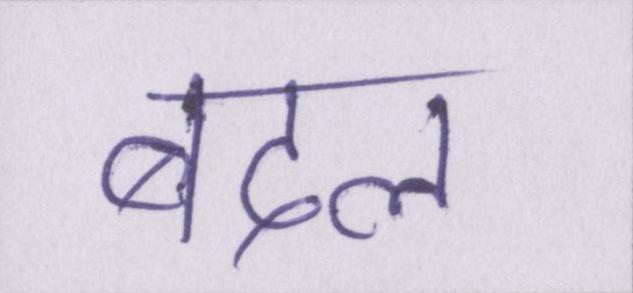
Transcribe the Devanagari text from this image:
बदल